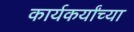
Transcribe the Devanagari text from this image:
कार्यकर्यांच्या